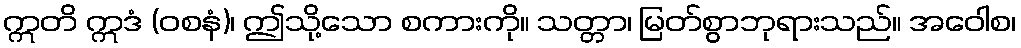
ဣတိ ဣဒံ (ဝစနံ)၊ ဤသို့သော စကားကို။ သတ္တာ၊ မြတ်စွာဘုရားသည်။ အဝေါစ၊